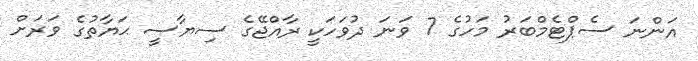
އަންނަ ސެޕްޓެމްބަރު މަހުގެ 7 ވަނަ ދުވަހަކީ ރާއްޖޭގެ ސިޔާސީ ޙަޔާތުގެ ވަރަށް